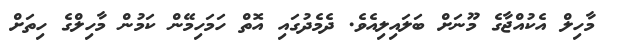
މާހިލް އެކުއްޖާގެ މޫނަށް ބަލައިލިއެވެ. ދެމެދުގައި އޮތް ހަމަހިމޭން ކަމުން މާހިލްގެ ހިތަށް